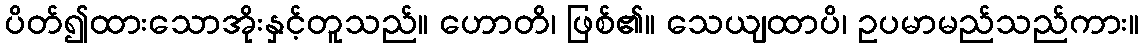
ပိတ်၍ထားသောအိုးနှင့်တူသည်။ ဟောတိ၊ ဖြစ်၏။ သေယျထာပိ၊ ဥပမာမည်သည်ကား။